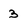
Character: 3